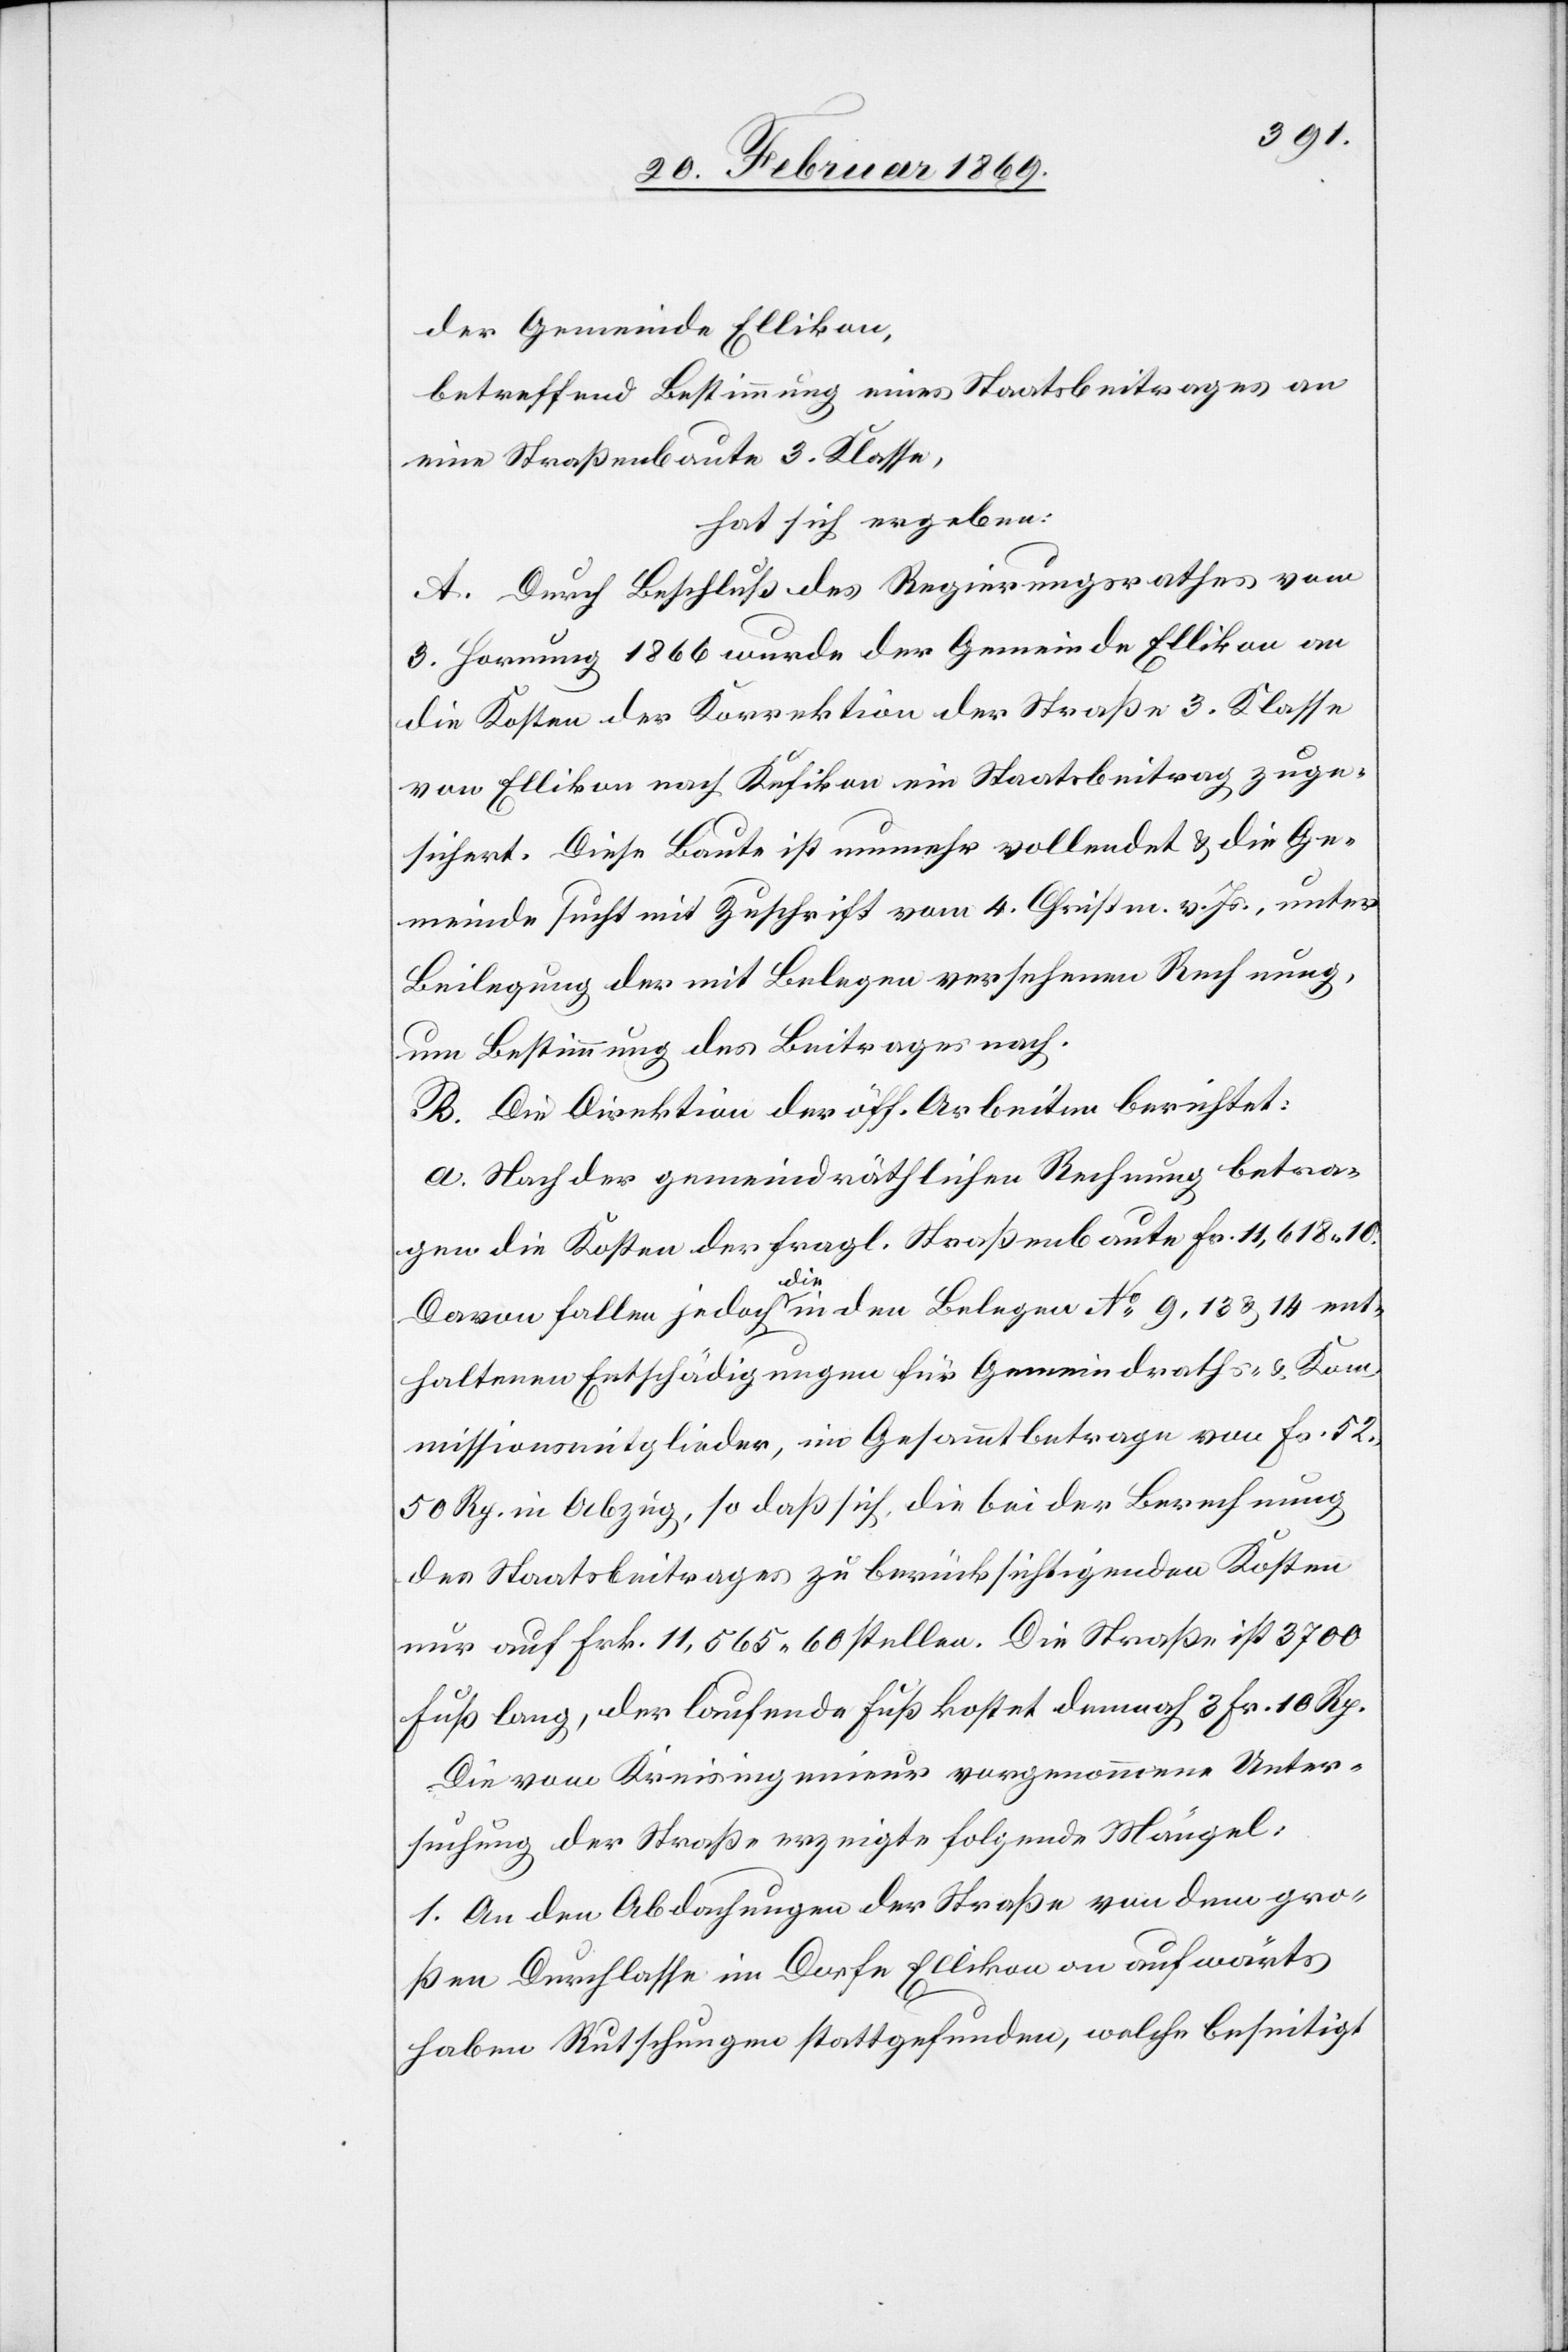
der Gemeinde Ellikon,
betreffend Bestimmung eines Staatsbeitrages an
eine Straßenbaute 3 Klasse,
hat sich ergeben:
A. Durch Beschluß des Regierungsrathes vom
3. Hornung 1866 wurde der Gemeinde Ellikon an
die Kosten der Korrektion ein Staatsbeitrag
sichert. Diese Baute ist nunmehr vollendet & die Ge¬
meinde sucht mit Zuschrift vom 4. Christm. v. Js., unter
Beilegung der mit Belegen versehenen Rechnung,
um Bestimmung des Beitrages nach.
B. Die Direktion der öff. Arbeiten berichtet:
a. Nach der gemeindräthlichen Rechnung betra¬
gen die Kosten der fragl. Straßenbaute Fr. 11,618 10.
zuge¬
Davon fallen jedoch die in den Belegen N 9,13 & 14 ent¬
haltenen Entschädigungen für Gemeindraths- & Kom¬
missionmitglieder, im Gesammtbetrage von Fr. 52
50 Rp. in Abzug, so daß sich, die bei der Berechnung
des Staatsbeitrages zu berücksichtigenden Kosten
nur auf Frk. 11,565 60 stellen. Die Straße ist 3700
Fuß lang, der laufende Fuß kostet demnach 3 Fr. 10 Rp.
die vom Kreisingenieur vorgenommene Unter¬
suchung der Straße erzeigte folgende Mängel:
1. An den Abdachungen der Straße von dem gro¬
ßen Durchlasse im Dorfe Ellikon an aufwärts
haben Rutschungen stattgefunden, welche beseitigt